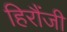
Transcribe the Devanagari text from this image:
हिरौंजी